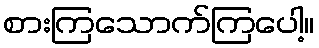
စားကြသောက်ကြပေါ့။